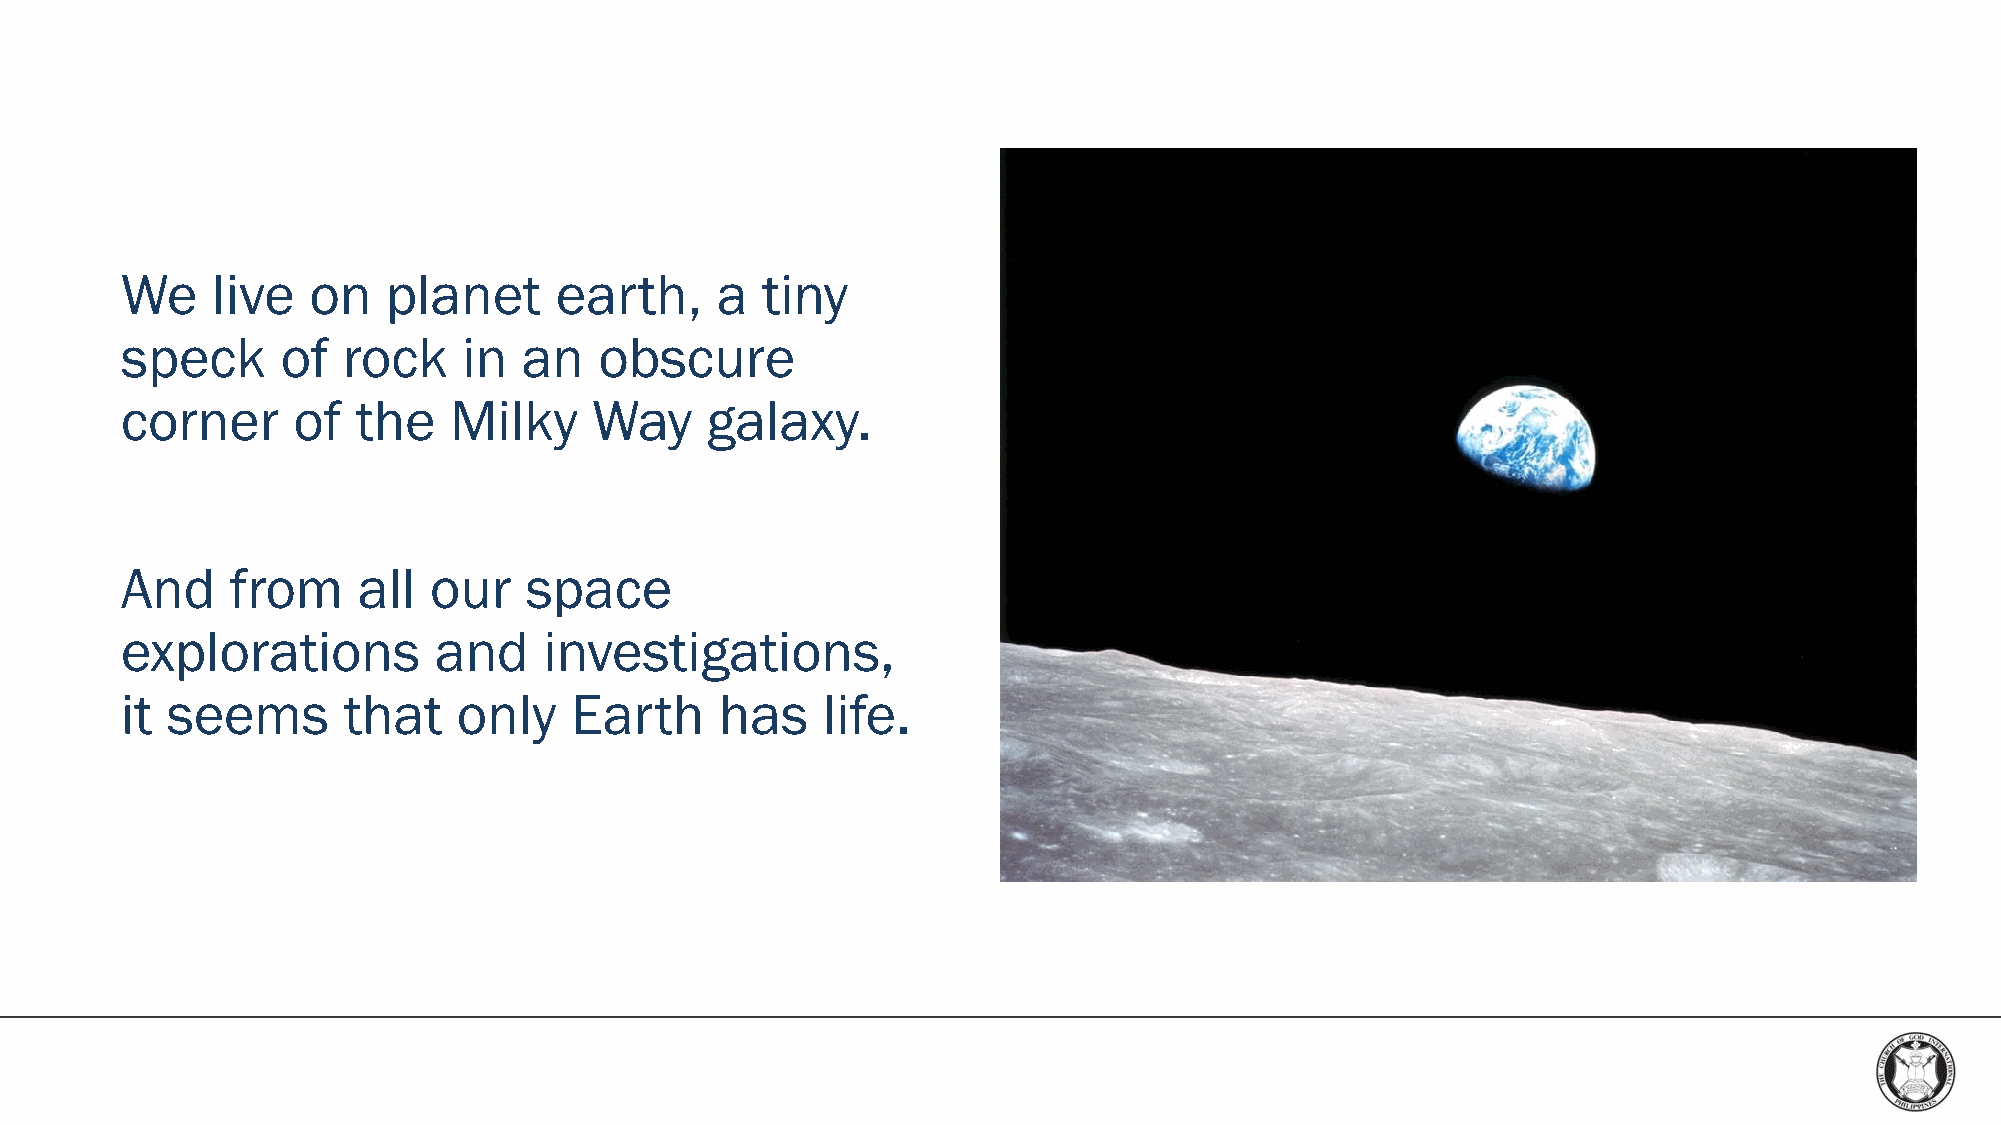
We    live  on    planet     earth,    a  tiny
 speck      of  rock    in  an   obscure
 corner     of   the   Milky    Way     galaxy.
 And    from     all our    space
 explorations         and    investigations,
 it seems       that   only    Earth     has   life.